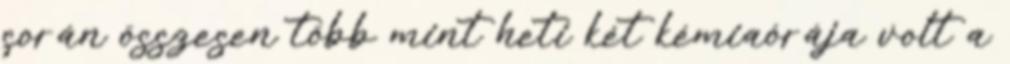
során összesen több mint heti két kémiaórája volt a